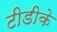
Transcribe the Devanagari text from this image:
टीडीके